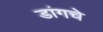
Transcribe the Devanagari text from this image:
डांगचे